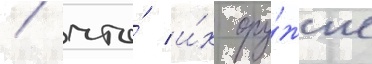
/ что́ и́х ору́жие